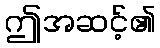
ဤအဆင့်၏